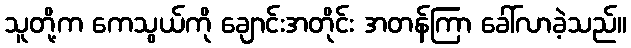
သူတို့က ကေသွယ်ကို ချောင်းအတိုင်း အတန်ကြာ ခေါ်လာခဲ့သည်။